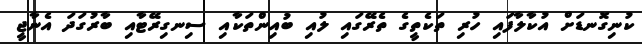
ކުނިގޮނޑަށް އުކާލާފައި ހުރި ތަކެތީގެ ތެރޭގައި ލުއި ބުއިންތަކާއި ސިނގިރޭޓާއި ބާރުގަދަ އެނާޖީ